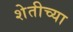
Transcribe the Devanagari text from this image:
शेतीच्‍या